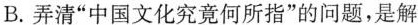
B.弄清“中国文化究竟何所指”的问题，是解